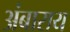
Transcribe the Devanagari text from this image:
अंबाराय